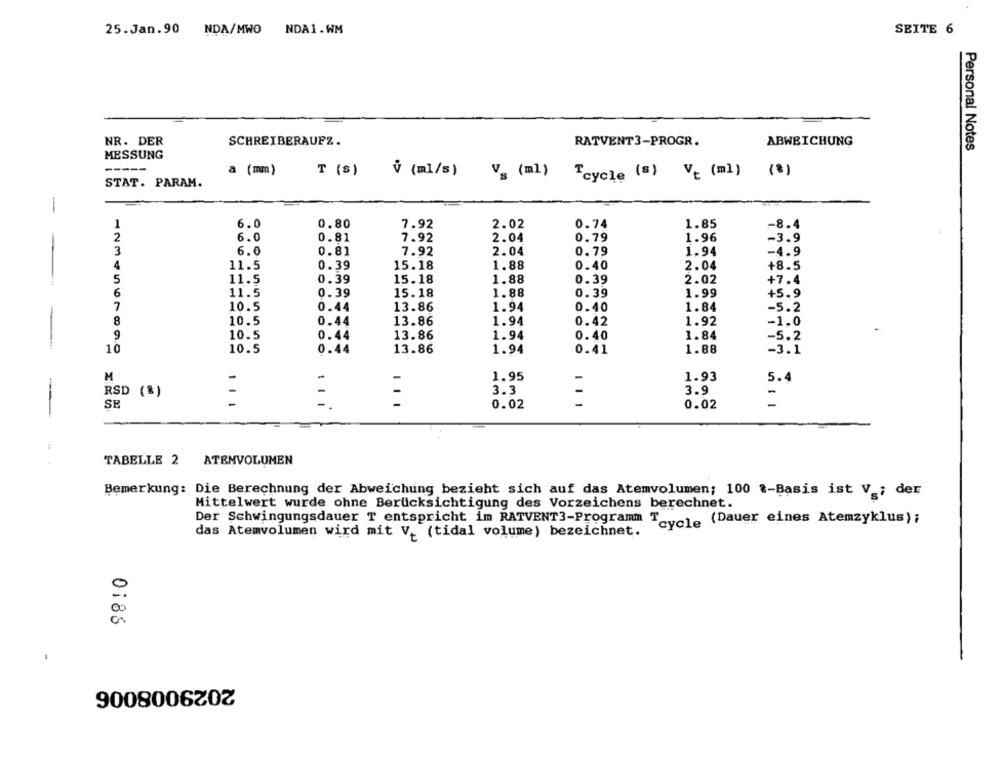
25.Jan.90 NDA/MWO
NDA1.WM
SEITE 6
NR. DER
SCHREIBERAUFZ.
RATVENT3-PROGR.
ABWEICHUNG
MESSUNG
Personal Notes
-----
a (mm)
T (s)
V (ml/s)
Vg (ml)
Tcycle (s) V. (ml)
STAT. PARAM.
-
6.0
0.80
7.92
2.02
0.74
1.85
-8.4
2
6.0
0.81
7.92
2.04
0.79
1.96
-3.9
3
6.0
0.81
7.92
2.04
0.79
1.94
-4.9
4
11.5
0.39
15.18
1.88
0.40
2.04
+8.5
5
11.5
0.39
15.18
1.88
0.39
2.02
+7.4
6
11.5
0.39
15.18
1.88
0.39
1.99
+5.9
7
1.84
10.5
0.44
13.86
1.94
0.40
-5.2
8
10.5
0.44
13.86
1.94
1.92
-1.0
0.42
9
10.5
0
44
13.86
1.94
0.40
1.84
-5.2
--
10
10.5
1.44
13.86
1.94
0.41
1.88
-3.1
M
-
-
1.95
1.93
5.4
RSD (%)
-
-
3.3
-
3.9
SE
-
0.02
-
0.02
-
TABELLE 2 ATEMVOLUMEN
Bemerkung: Die Berechnung der Abweichung bezieht sich auf das Atemvolumen; 100 .- Basis ist V ; der
Mittelwert wurde ohne Berücksichtigung des Vorzeichens berechnet.
Der Schwingungsdauer T entspricht im RATVENT3-Programm T
" "cycle (Dauer eines Atemzyklus);
das Atemvolumen wird mit V. (tidal volume) bezeichnet.
0186
2029008006